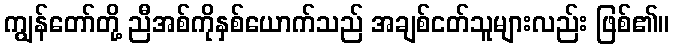
ကျွန်တော်တို့ ညီအစ်ကိုနှစ်ယောက်သည် အချစ်ငတ်သူများလည်း ဖြစ်၏။